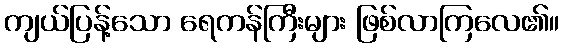
ကျယ်ပြန့်သော ရေကန်ကြီးများ ဖြစ်လာကြလေ၏။